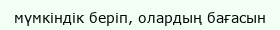
мүмкіндік беріп, олардың бағасын